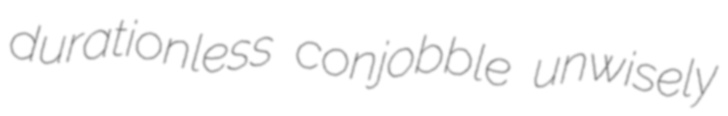
durationless conjobble unwisely